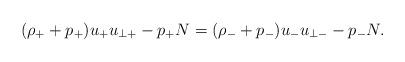
LaTeX: \begin{align*} (\rho_++p_+)u_+ u_{\perp +}-p_+N=(\rho_-+p_-)u_- u_{\perp -}-p_-N.\end{align*}